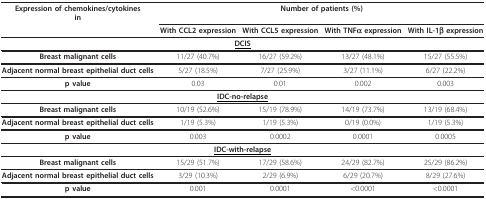
| Expression of chemokines/cytokinesin | <COLSPAN=4> Number of patients (%) |
 |  | With CCL2 expression | With CCL5 expression | With TNFα expression | With IL-1β expression |
 | --- | --- | --- | --- | --- |
 | <COLSPAN=5> <underline>DCIS</underline> |
 | Breast malignant cells | 11/27 (40.7%) | 16/27 (59.2%) | 13/27 (48.1%) | 15/27 (55.5%) |
 | Adjacent normal breast epithelial duct cells | 5/27 (18.5%) | 7/27 (25.9%) | 3/27 (11.1%) | 6/27 (22.2%) |
 | p value | 0.03 | 0.01 | 0.002 | 0.003 |
 | <COLSPAN=5> <underline>IDC-no-relapse</underline> |
 | Breast malignant cells | 10/19 (52.6%) | 15/19 (78.9%) | 14/19 (73.7%) | 13/19 (68.4%) |
 | Adjacent normal breast epithelial duct cells | 1/19 (5.3%) | 1/19 (5.3%) | 0/19 (0.0%) | 1/19 (5.3%) |
 | p value | 0.003 | 0.0002 | 0.0001 | 0.0005 |
 | <COLSPAN=5> <underline>IDC-with-relapse</underline> |
 | Breast malignant cells | 15/29 (51.7%) | 17/29 (58.6%) | 24/29 (82.7%) | 25/29 (86.2%) |
 | Adjacent normal breast epithelial duct cells | 3/29 (10.3%) | 2/29 (6.9%) | 6/29 (20.7%) | 8/29 (27.6%) |
 | p value | 0.001 | 0.0001 | <0.0001 | <0.0001 |